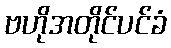
ဗဟိုအတိုင်ပင်ခံ